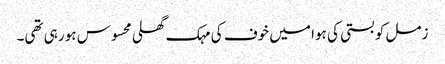
زمل کو بستی کی ہوا میں خوف کی مہک گھلی محسوس ہو رہی تھی۔